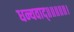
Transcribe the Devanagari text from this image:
धन्यवाद्॥॥॥॥॥।